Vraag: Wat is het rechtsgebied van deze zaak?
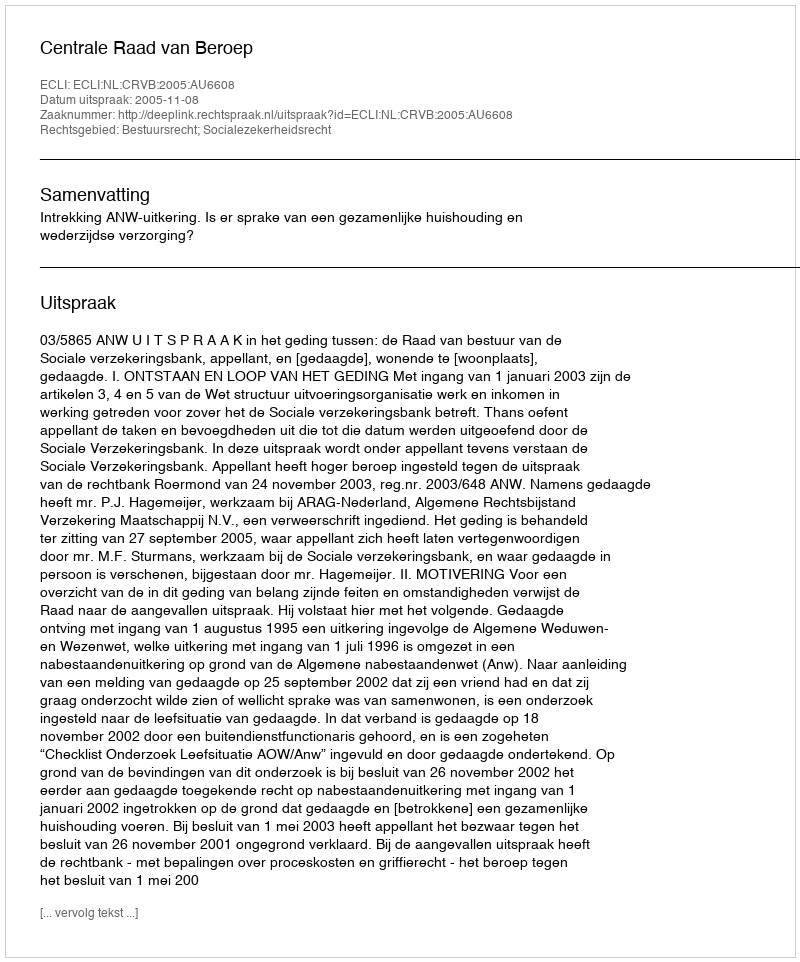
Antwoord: Bestuursrecht; Socialezekerheidsrecht